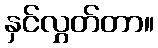
နှင်လွှတ်တာ။